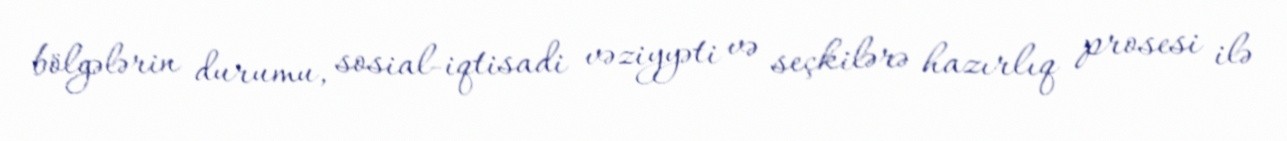
bölgələrin durumu, sosial-iqtisadi vəziyyəti və seçkilərə hazırlıq prosesi ilə